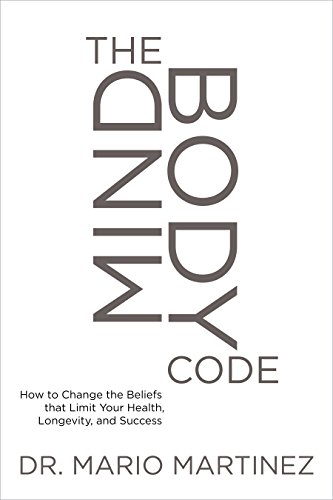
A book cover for The MindBody Code: How to Change the Beliefs that Limit Your Health, Longevity, and Success; Mario Martinez  PsyD; Medical Books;